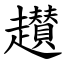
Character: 䟎